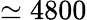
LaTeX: \simeq 4800